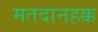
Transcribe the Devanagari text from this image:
मतदानहक्क